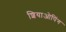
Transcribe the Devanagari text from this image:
शियाओपिंग